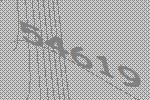
54619